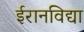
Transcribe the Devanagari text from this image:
ईरानविद्या